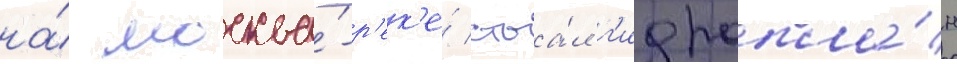
на́ москва́-р'ек'е́ стоа́л г'идропла́н